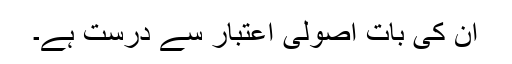
ان کی بات اصولی اعتبار سے درست ہے۔